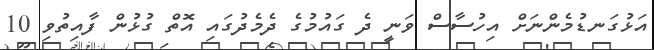
އަޅުގަނޑުމެންނަށް އިހުސާސް ވަނީ ދެ ގައުމުގެ ދެމެދުގައި އޮތް ގުޅުން ފާއިތުވި 10